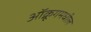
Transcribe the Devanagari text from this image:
ऑक्रूगमधील